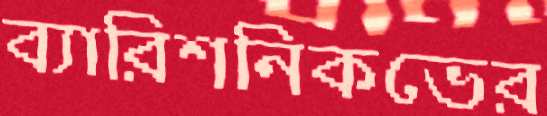
ব্যারিশনিকভের